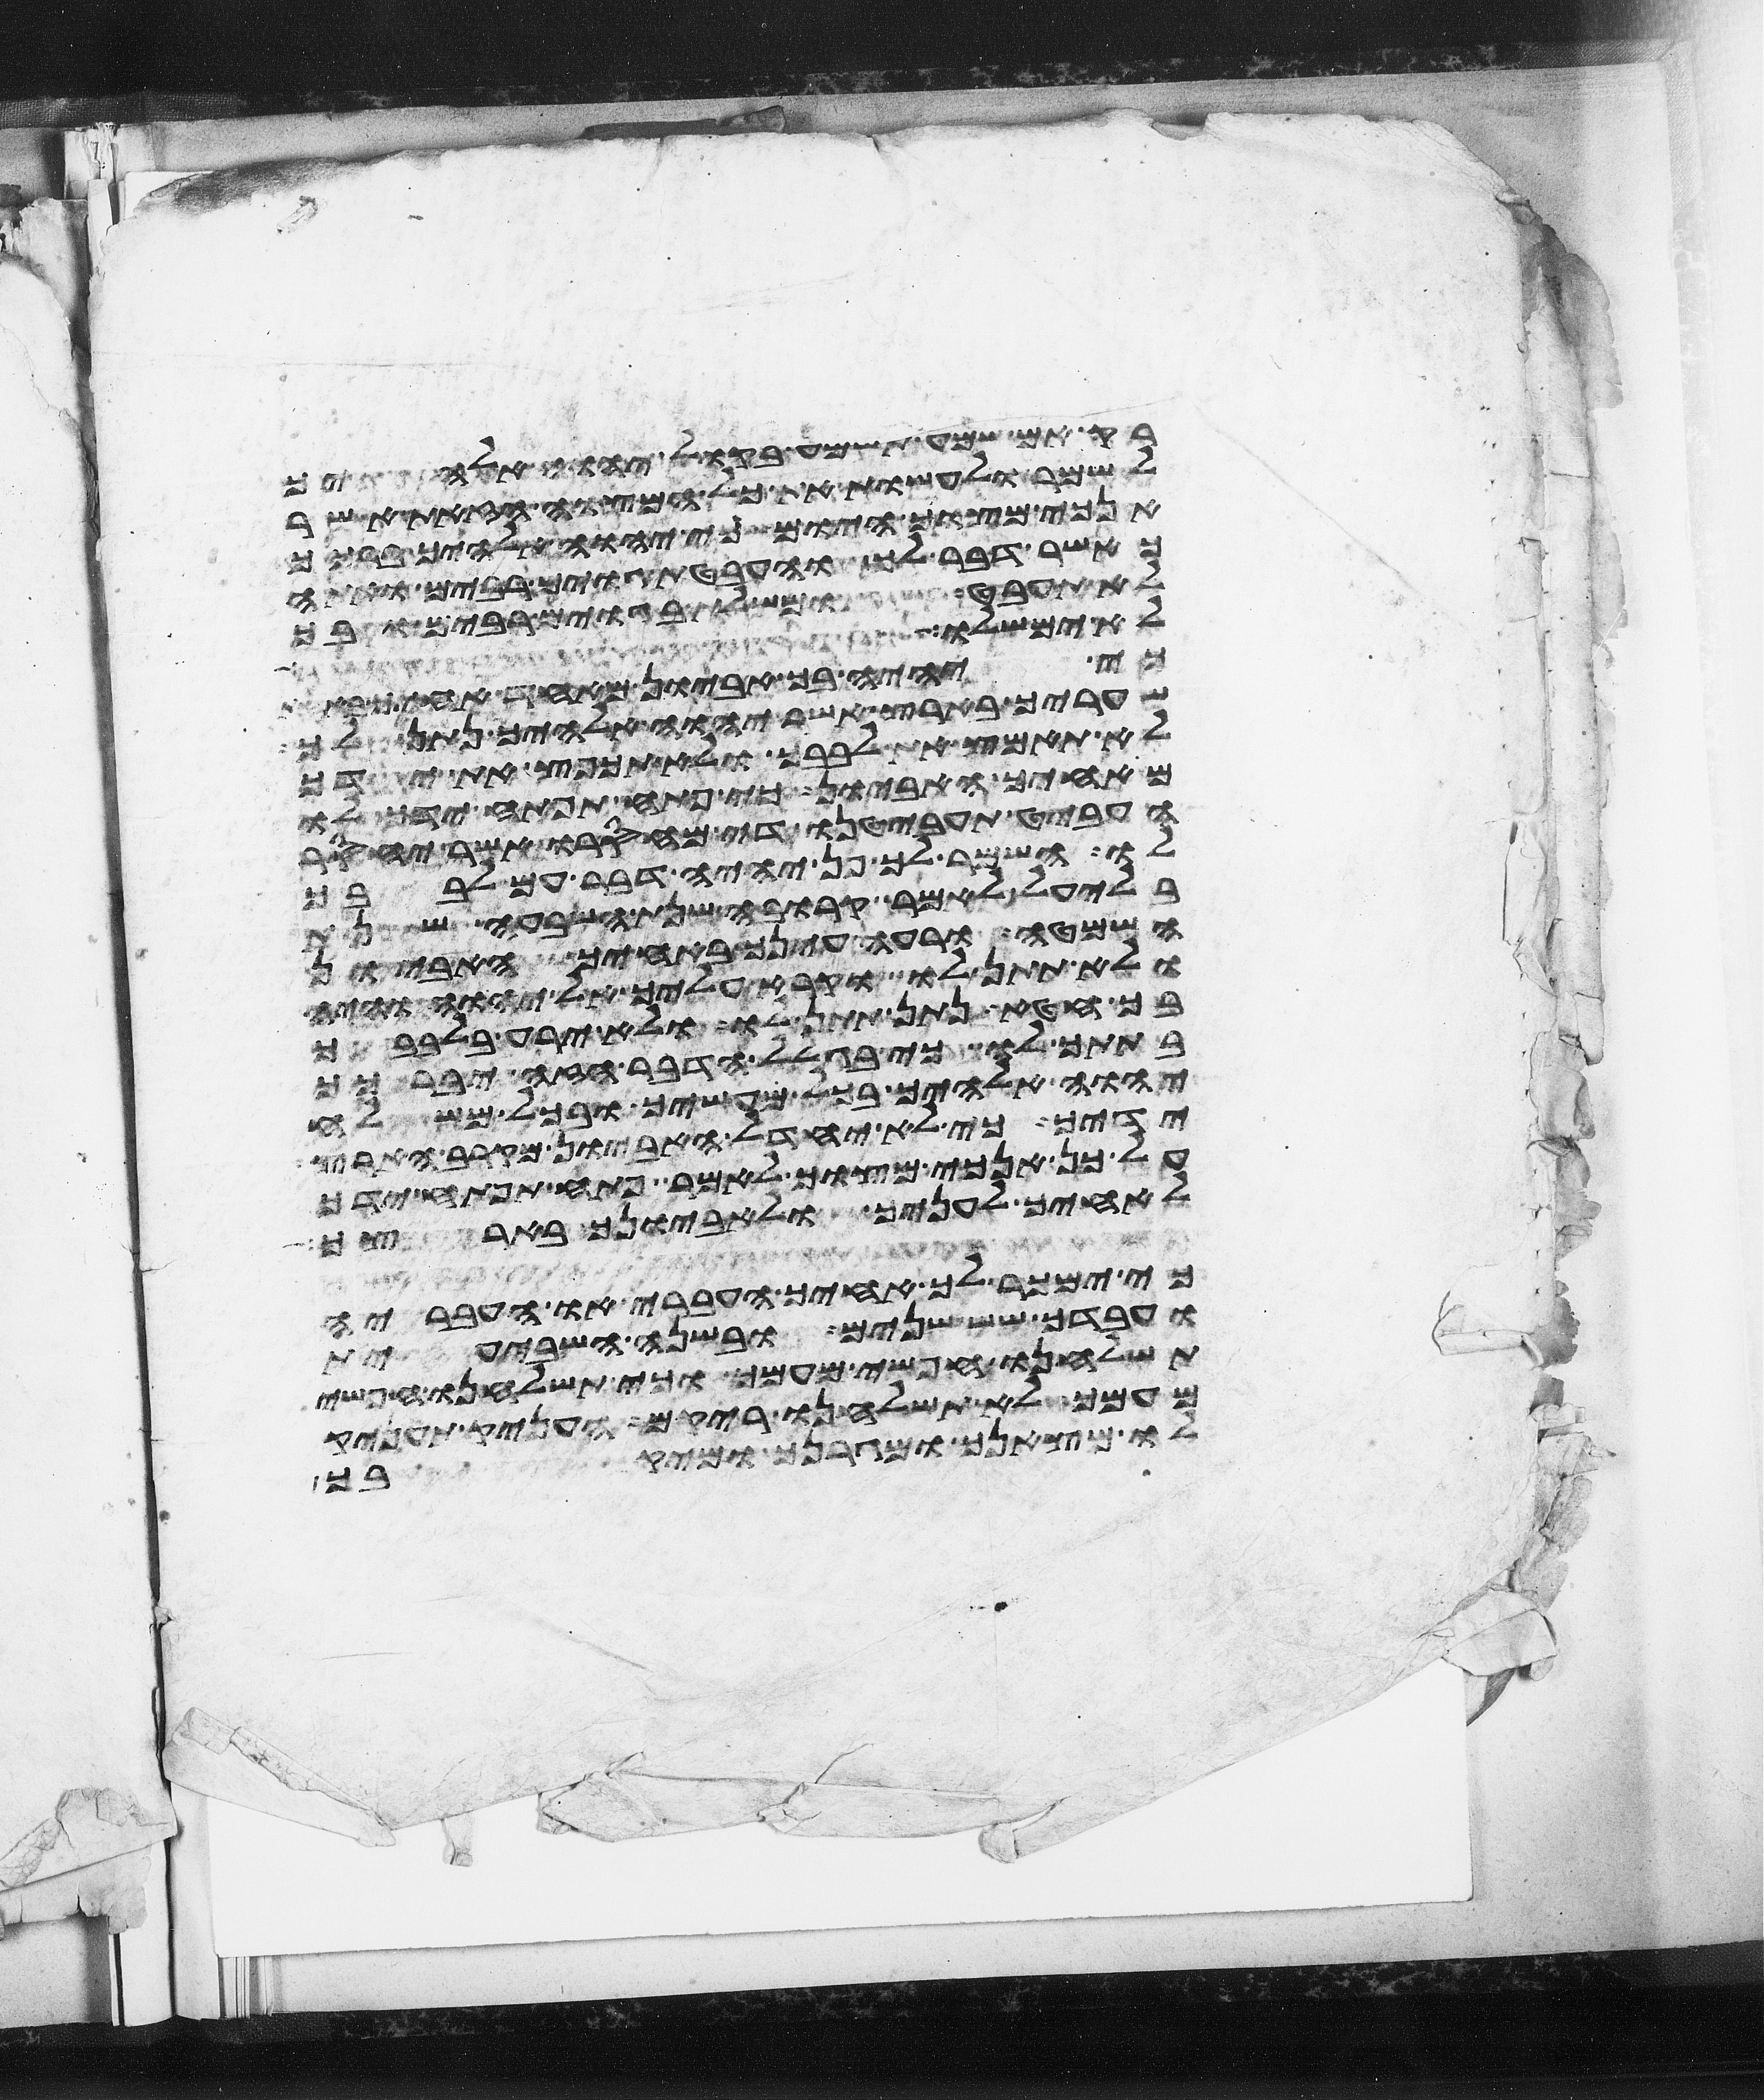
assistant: רק אם שמע תשמע בקול יהוה אלהיך
לשמר לעשות את כל המצוה הזאת אשר
אנכי מצוך היום כי יהוה אלהיך ברכך
כאשר דבר לך והעבטת גוים רבים ואתה
לא תעבט ומשלת בגוים רבים ובך
לא ימשלו כי יהיה בך אביון
כי יהיה בך אביון מאחד אחיך באחת
שעריך בארץ אשר יהוה אלהיך נתן לך
לא תאמץ את לבבך ולא תכפץ את ידך
מאחיך האביון כי פתח תפתח ידך לו
העביט תעביטנו די מחסרו אשר יחסר
לו השמר לך פן יהיה דבר עם לבבך
בלעיל לאמר קרובה שנת השבעה שנת
השמטה ורעה עינך באחיך האביון
ולא תתן לו וקרא עליך אל יהוה והיה
בך חטא נתן תתן לו ולא ירע בלבבך
בתתך לו כי בגלל הדבר הזה יברכך
יהוה אלהיך בכל מעשיך ובכל משלח
ידיך כי לא יחדל האביון מקרב הארץ
על כן אנכי מצוך לאמר פתח תפתח ידך
לאחיך לעניך ולאביונך בארצך
כי ימכר לך אחיך העברי או העבריה
ועבדך שש שנים ובשנה השביעית
תשלחנו חפשי מעמך וכי תשלחנו חפשי
מעמך לא תשלחנו ריקם העניק תעניק
לו מצאנך ומגרנך ומיקבך